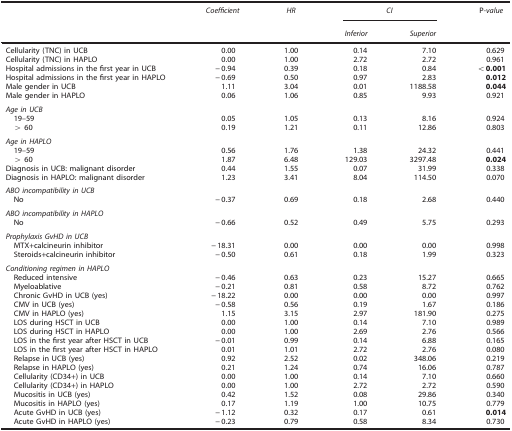
<table><thead><tr><td><b> </b></td><td><b><i>Coefficient</i></b></td><td><b><i>HR</i></b></td><td colspan="2"><b><i>CI</i></b></td><td><b>P<i>-value</i></b></td></tr><tr><td><b> </b></td><td><b> </b></td><td><b> </b></td><td><b><i>Inferior</i></b></td><td><b><i>Superior</i></b></td><td><b> </b></td></tr></thead><tbody><tr><td>Cellularity (TNC) in UCB</td><td>0.00</td><td>1.00</td><td>0.14</td><td>7.10</td><td>0.629</td></tr><tr><td>Cellularity (TNC) in HAPLO</td><td>0.00</td><td>1.00</td><td>2.72</td><td>2.72</td><td>0.961</td></tr><tr><td>Hospital admissions in the first year in UCB</td><td>−0.94</td><td>0.39</td><td>0.18</td><td>0.84</td><td><b>&lt;0.001</b></td></tr><tr><td>Hospital admissions in the first year in HAPLO</td><td>−0.69</td><td>0.50</td><td>0.97</td><td>2.83</td><td><b>0.012</b></td></tr><tr><td>Male gender in UCB</td><td>1.11</td><td>3.04</td><td>0.01</td><td>1188.58</td><td><b>0.044</b></td></tr><tr><td>Male gender in HAPLO</td><td>0.06</td><td>1.06</td><td>0.85</td><td>9.93</td><td>0.921</td></tr><tr><td> </td><td> </td><td> </td><td> </td><td> </td><td> </td></tr><tr><td colspan="6"><i>Age in UCB</i></td></tr><tr><td> 19–59</td><td>0.05</td><td>1.05</td><td>0.13</td><td>8.16</td><td>0.924</td></tr><tr><td> &gt; 60</td><td>0.19</td><td>1.21</td><td>0.11</td><td>12.86</td><td>0.803</td></tr><tr><td> </td><td> </td><td> </td><td> </td><td> </td><td> </td></tr><tr><td colspan="6"><i>Age in HAPLO</i></td></tr><tr><td> 19–59</td><td>0.56</td><td>1.76</td><td>1.38</td><td>24.32</td><td>0.441</td></tr><tr><td> &gt; 60</td><td>1.87</td><td>6.48</td><td>129.03</td><td>3297.48</td><td><b>0.024</b></td></tr><tr><td>Diagnosis in UCB: malignant disorder</td><td>0.44</td><td>1.55</td><td>0.07</td><td>31.99</td><td>0.338</td></tr><tr><td>Diagnosis in HAPLO: malignant disorder</td><td>1.23</td><td>3.41</td><td>8.04</td><td>114.50</td><td>0.070</td></tr><tr><td> </td><td> </td><td> </td><td> </td><td> </td><td> </td></tr><tr><td colspan="6"><i>ABO incompatibility in UCB</i></td></tr><tr><td> No</td><td>−0.37</td><td>0.69</td><td>0.18</td><td>2.68</td><td>0.440</td></tr><tr><td> </td><td> </td><td> </td><td> </td><td> </td><td> </td></tr><tr><td colspan="6"><i>ABO incompatibility in HAPLO</i></td></tr><tr><td> No</td><td>−0.66</td><td>0.52</td><td>0.49</td><td>5.75</td><td>0.293</td></tr><tr><td> </td><td> </td><td> </td><td> </td><td> </td><td> </td></tr><tr><td colspan="6"><i>Prophylaxis</i><i>GvHD</i><i>in UCB</i></td></tr><tr><td> MTX+calcineurin inhibitor</td><td>−18.31</td><td>0.00</td><td>0.00</td><td>0.00</td><td>0.998</td></tr><tr><td> Steroids+calcineurin inhibitor</td><td>−0.50</td><td>0.61</td><td>0.18</td><td>1.99</td><td>0.323</td></tr><tr><td> </td><td> </td><td> </td><td> </td><td> </td><td> </td></tr><tr><td colspan="6"><i>Conditioning regimen in HAPLO</i></td></tr><tr><td> Reduced intensive</td><td>−0.46</td><td>0.63</td><td>0.23</td><td>15.27</td><td>0.665</td></tr><tr><td> Myeloablative</td><td>−0.21</td><td>0.81</td><td>0.58</td><td>8.72</td><td>0.762</td></tr><tr><td> Chronic GvHD in UCB (yes)</td><td>−18.22</td><td>0.00</td><td>0.00</td><td>0.00</td><td>0.997</td></tr><tr><td> CMV in UCB (yes)</td><td>−0.58</td><td>0.56</td><td>0.19</td><td>1.67</td><td>0.186</td></tr><tr><td> CMV in HAPLO (yes)</td><td>1.15</td><td>3.15</td><td>2.97</td><td>181.90</td><td>0.275</td></tr><tr><td> LOS during HSCT in UCB</td><td>0.00</td><td>1.00</td><td>0.14</td><td>7.10</td><td>0.989</td></tr><tr><td> LOS during HSCT in HAPLO</td><td>0.00</td><td>1.00</td><td>2.69</td><td>2.76</td><td>0.566</td></tr><tr><td> LOS in the first year after HSCT in UCB</td><td>−0.01</td><td>0.99</td><td>0.14</td><td>6.88</td><td>0.165</td></tr><tr><td> LOS in the first year after HSCT in HAPLO</td><td>0.01</td><td>1.01</td><td>2.72</td><td>2.76</td><td>0.080</td></tr><tr><td> Relapse in UCB (yes)</td><td>0.92</td><td>2.52</td><td>0.02</td><td>348.06</td><td>0.219</td></tr><tr><td> Relapse in HAPLO (yes)</td><td>0.21</td><td>1.24</td><td>0.74</td><td>16.06</td><td>0.787</td></tr><tr><td> Cellularity (CD34+) in UCB</td><td>0.00</td><td>1.00</td><td>0.14</td><td>7.10</td><td>0.660</td></tr><tr><td> Cellularity (CD34+) in HAPLO</td><td>0.00</td><td>1.00</td><td>2.72</td><td>2.72</td><td>0.590</td></tr><tr><td> Mucositis in UCB (yes)</td><td>0.42</td><td>1.52</td><td>0.08</td><td>29.86</td><td>0.340</td></tr><tr><td> Mucositis in HAPLO (yes)</td><td>0.17</td><td>1.19</td><td>1.00</td><td>10.75</td><td>0.779</td></tr><tr><td> Acute GvHD in UCB (yes)</td><td>−1.12</td><td>0.32</td><td>0.17</td><td>0.61</td><td><b>0.014</b></td></tr><tr><td> Acute GvHD in HAPLO (yes)</td><td>−0.23</td><td>0.79</td><td>0.58</td><td>8.34</td><td>0.730</td></tr></tbody></table>